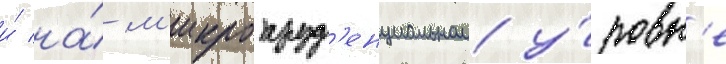
и́ на́ м'икропруд'енциальном у́ровн'е